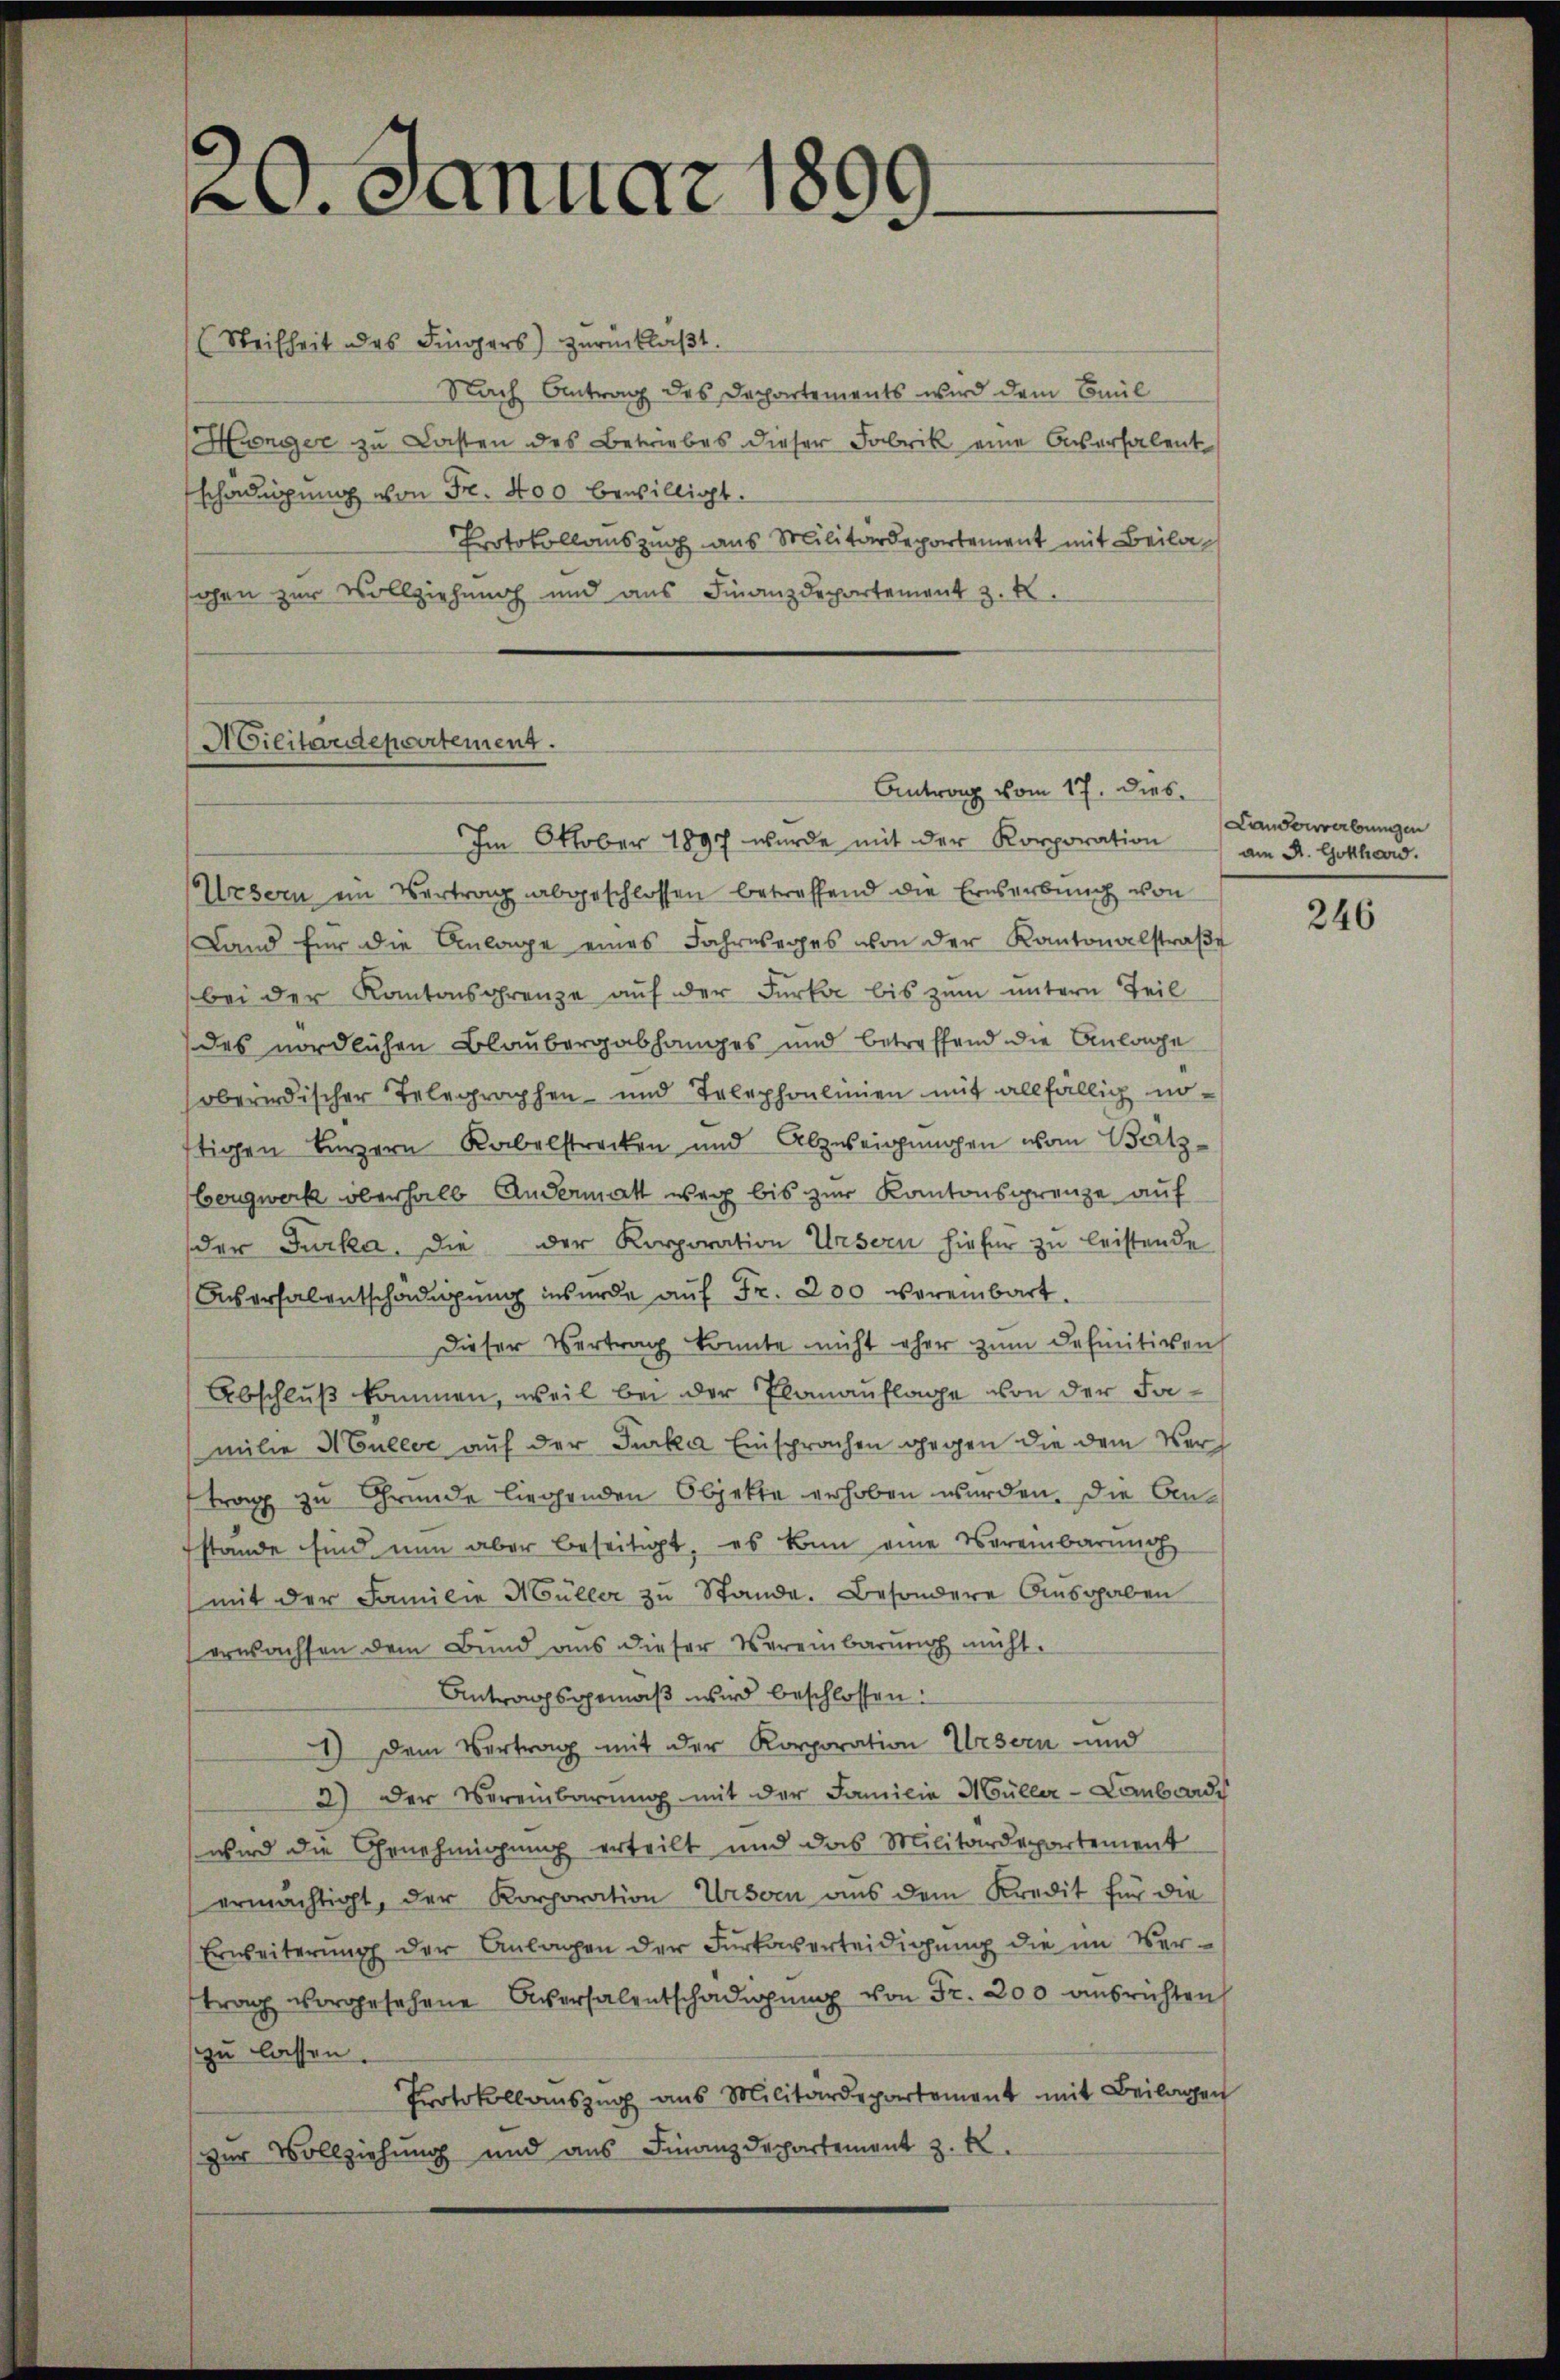
20. Januar 1899

(Steifheit des Fingers) zŭrücklaβt.
Nach Antrag des Dechartements wird dem Baul
Manger zu Lasten des Betriebes dieser Fabrik eine Aversalent
schädigung von Fr. 400 bewilligt.
Protokollauszug aus Militärdepartement mit Beilaschen zur Vollziehung und aus Finanzdepartement z. B.

Militärdepartement.

Im Oktober 1897 wurde mit der Korporation am A. Gotthard.
Ursern im Vertrag abgeschlossen betreffend die Erwerbung von
Land für die Anlage eines Jahresages von der Kantonalstraβe
bei der Kantonsgrenze auf der Furka bis zum untern Teil
des nördlichen Blaubergabhanges und betreffend die Anlage
soberirdischer Telegraphen- und Telephonlinien mit allfällig nöftigen kurzern Rabelstrecken und Abzweigungen von Bätz¬
Bergwerk überhalb Andermatt weg bis zur Kantonsgrenze auf
der Furka, die der Korporation Ursern hiefür zu leistende
Aversalentschädigung wurde auf Fr. 200 vereinbart.
Dieser Vertrag konnte nicht eher zum Definitiven
Abschluß kommen, weil bei der Elanauflage von der Familie Nullić auf der Furka Einsprachen gegen die dem Vertrag zu Grunde liegenden Objekte erhoben wurden. Die Anstände sind nun aber beseitigt, es kan eine Vereinbarung
(mit der Familie Müller zu Stande. Besondere Ausgaben
erwachsen dem Bund aus dieser Vereinbarung müht.
Antragsgemäß wird beschlossen:
1) dem Vertrag mit der Korporation Ursern und
2) der Vereinbarung mit der Familie Müller-Lombardi
wird die Genehmigung erteilt und das Militärdepartement
ermächtigt, der Korporation Ursern aus dem Kredit für die
Erweiterung der Anlagen der Furkaverteidigung die im Ver-
trag vorgesehene Aversalentschädigŭng von Fr. 200 ausrichten,
zu lassen.
Protokollauszug aus Militärdepartement mit Beilagen
zur Vollziehung und aus Finanzdepartement z. R.

Antrag vom 17. Dies

Landerverbungen

246